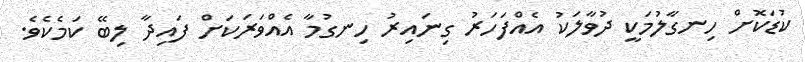
ކުޑަކޮށް ހިނގާލުމަކީ ދުވާލަކު އެއްފަހަރު ގިނައިރު ހިނގުމާ އެއްވަރަކަށް ފައިދާ ލިބޭ ކަމެކެވެ.